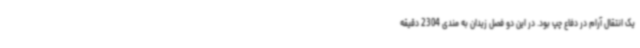
یک انتقال آرام در دفاع چپ بود. در این دو فصل زیدان به مندی 2304 دقیقه